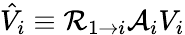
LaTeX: \hat{V}_{i}\equiv\mathcal{R}_{1\rightarrow i}\mathcal{A}_{i}V_{i}